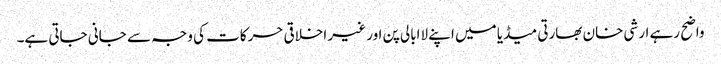
واضح رہے ارشی خان بھارتی میڈیا میں اپنے لاابالی پن اور غیر اخلاقی حرکات کی وجہ سے جانی جاتی ہے۔